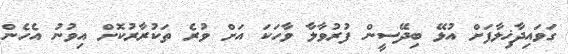
ގަވައިދާޚިލާފަށް އުޅޭ ބިދޭސީން ފުރުވާލާ ވާހަކަ އަށް ވުރެ ތަކުރާރުކޮށް އިވުނު އެހެން